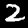
Digit: 2